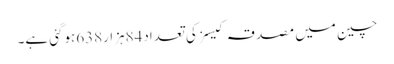
چین میں مصدقہ کیسز کی تعداد84ہزار638ہوگئی ہے۔